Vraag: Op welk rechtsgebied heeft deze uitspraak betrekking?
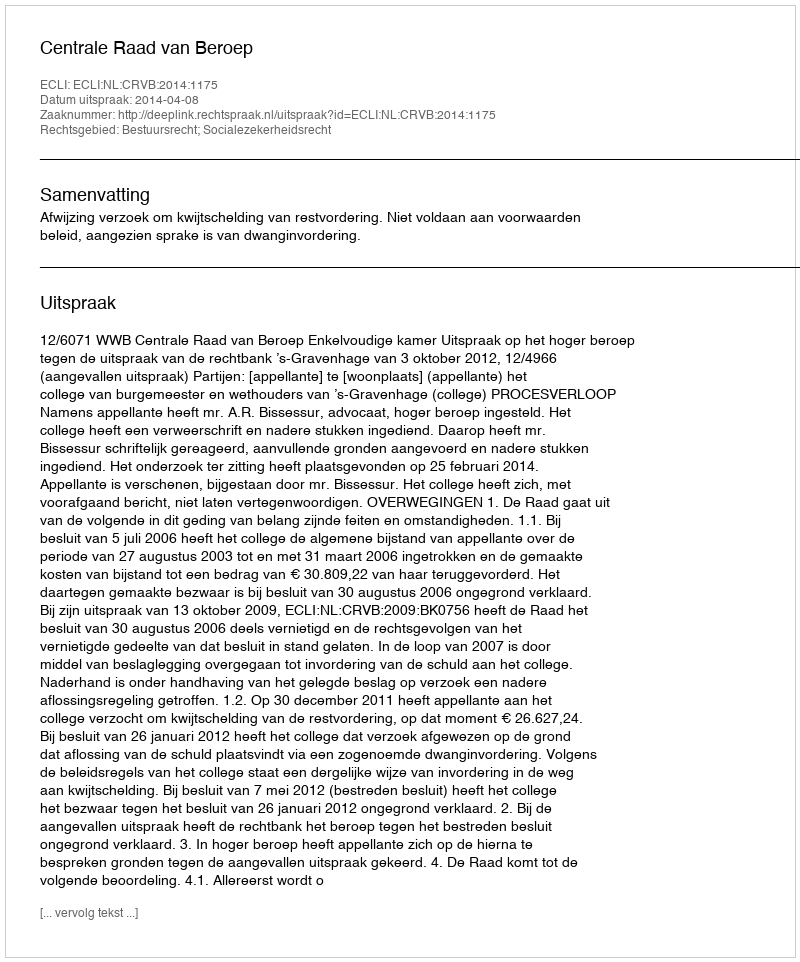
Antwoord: Bestuursrecht; Socialezekerheidsrecht